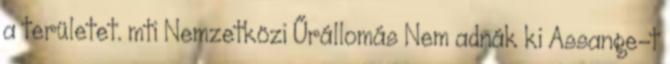
a területet. mti Nemzetközi Űrállomás Nem adnák ki Assange-t